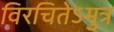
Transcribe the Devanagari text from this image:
विरचितेऽमुत्र